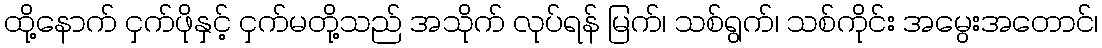
ထို့နောက် ငှက်ဖိုနှင့် ငှက်မတို့သည် အသိုက် လုပ်ရန် မြက်၊ သစ်ရွက်၊ သစ်ကိုင်း အမွေးအတောင်၊